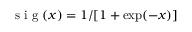
\mathrm { ~ s ~ i ~ g ~ } ( x ) = 1 / [ 1 + \exp ( - x ) ]